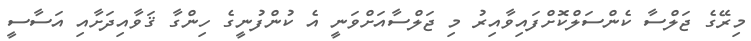
މިރޭގެ ޖަލްސާ ކެންސަލްކޮށްފައިވާއިރު މި ޖަލްސާއަށްވަނީ އެ ކުންފުނީގެ ހިންގާ ޤަވާއިދަށާއި އަސާސީ